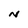
Character: N